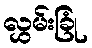
လွှမ်းခြုံ